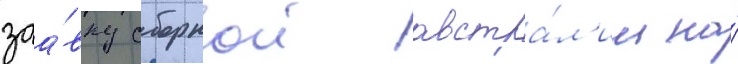
заа́вку сборнои австра́л'ии на́